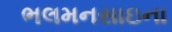
ભલમનસાઇના